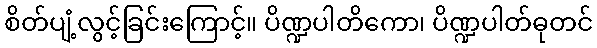
စိတ်ပျံ့လွင့်ခြင်းကြောင့်။ ပိဏ္ဍပါတိကော၊ ပိဏ္ဍပါတ်ဓုတင်